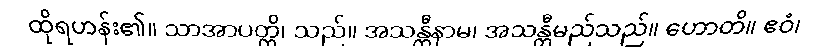
ထိုရဟန်း၏။ သာအာပတ္တိ၊ သည်။ အသန္တီနာမ၊ အသန္တီမည်သည်။ ဟောတိ။ ဧဝံ၊